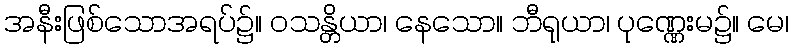
အနီးဖြစ်သောအရပ်၌။ ဝသန္တိယာ၊ နေသော။ ဘီရုယာ၊ ပုဏ္ဏေးမ၌။ မေ၊